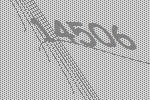
14506